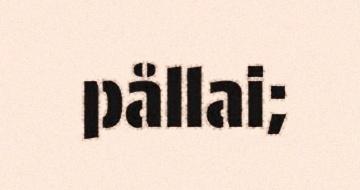
pållai;